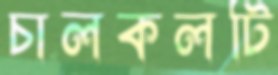
চালকলটি